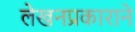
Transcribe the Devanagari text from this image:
लेखनप्रकाराने